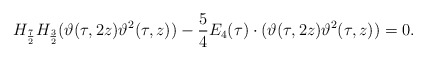
\begin{align*}H_{\frac 72}H_{\frac 32}(\vartheta(\tau,2z)\vartheta^2(\tau,z))-\frac 54 E_4(\tau)\cdot (\vartheta(\tau,2z)\vartheta^2(\tau,z))=0.\end{align*}